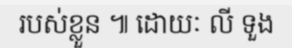
របស់ខ្លួន ៕ ដោយៈ លី ទួង